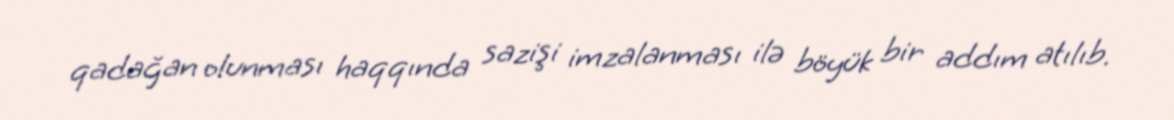
qadağan olunması haqqında sazişi imzalanması ilə böyük bir addım atılıb.